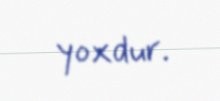
yoxdur.